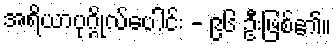
အရိယာပုဂ္ဂိုလ်ပေါင်း - ၉၆ ဦးဖြစ်၏။